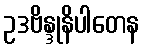
ဥဒဗိန္ဒုနိပါတေန